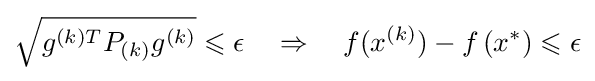
{\sqrt {g^{(k)T}P_{(k)}g^{(k)}}}\leqslant \epsilon \quad \Rightarrow \quad f(x^{(k)})-f\left(x^{*}\right)\leqslant \epsilon